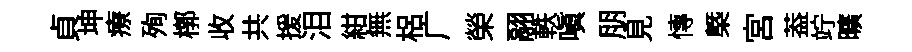
貞坤療殉槨收共援泪紺無梠广榮翮軼嗔朋見慱槩宫葢竚曠